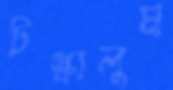
টস্‌কালুম